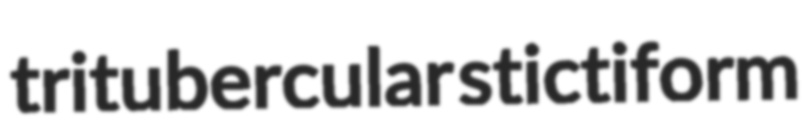
tritubercular stictiform